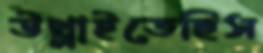
উথ্‌লাইতেছিস